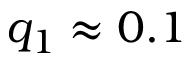
q _ { 1 } \approx 0 . 1